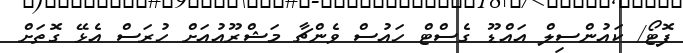
ފޮޓޯ/ ކައުންސިލް އައްޑޫ ގެސްޓް ހައުސް ވެންޗާ މަޝްރޫއުއަށް ހުރަސް އެޅޭ ގޮތަށް